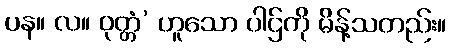
ပန။ လ။ ဝုတ္တံ’ ဟူသော ပါဌ်ကို မိန့်သတည်း။